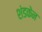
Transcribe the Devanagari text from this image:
शंडकेन